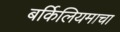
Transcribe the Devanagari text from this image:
बर्किलियमाचा